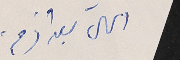
الحال بعد ازمة